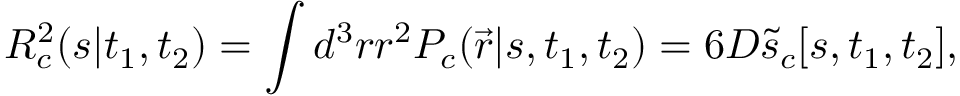
{ \cal R } _ { c } ^ { 2 } ( s | t _ { 1 } , t _ { 2 } ) = \int d ^ { 3 } r r ^ { 2 } P _ { c } ( \vec { r } | s , t _ { 1 } , t _ { 2 } ) = 6 D \tilde { s } _ { c } [ s , t _ { 1 } , t _ { 2 } ] ,